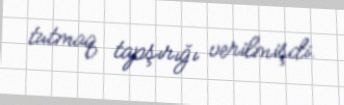
tutmaq tapşırığı verilmişdi.